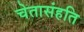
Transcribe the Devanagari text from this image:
चेतासंहति